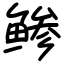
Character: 鲹